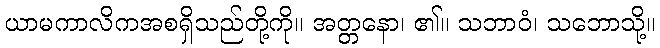
ယာမကာလိကအစရှိသည်တို့ကို။ အတ္တနော၊ ၏။ သဘာဝံ၊ သဘောသို့။